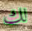
لك